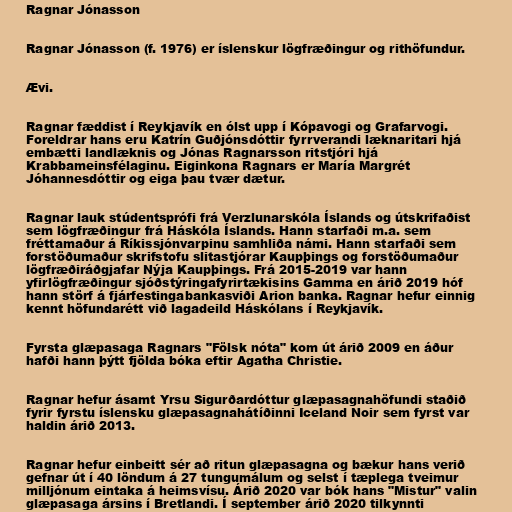
Ragnar Jónasson

Ragnar Jónasson (f. 1976) er íslenskur lögfræðingur og rithöfundur.

Ævi.

Ragnar fæddist í Reykjavík en ólst upp í Kópavogi og Grafarvogi.
Foreldrar hans eru Katrín Guðjónsdóttir fyrrverandi læknaritari hjá
embætti landlæknis og Jónas Ragnarsson ritstjóri hjá
Krabbameinsfélaginu. Eiginkona Ragnars er María Margrét
Jóhannesdóttir og eiga þau tvær dætur.

Ragnar lauk stúdentsprófi frá Verzlunarskóla Íslands og útskrifaðist
sem lögfræðingur frá Háskóla Íslands. Hann starfaði m.a. sem
fréttamaður á Ríkissjónvarpinu samhliða námi. Hann starfaði sem
forstöðumaður skrifstofu slitastjórar Kaupþings og forstöðumaður
lögfræðiráðgjafar Nýja Kaupþings. Frá 2015-2019 var hann
yfirlögfræðingur sjóðstýringafyrirtækisins Gamma en árið 2019 hóf
hann störf á fjárfestingabankasviði Arion banka. Ragnar hefur einnig
kennt höfundarétt við lagadeild Háskólans í Reykjavík.

Fyrsta glæpasaga Ragnars "Fölsk nóta" kom út árið 2009 en áður
hafði hann þýtt fjölda bóka eftir Agatha Christie.

Ragnar hefur ásamt Yrsu Sigurðardóttur glæpasagnahöfundi staðið
fyrir fyrstu íslensku glæpasagnahátíðinni Iceland Noir sem fyrst var
haldin árið 2013.

Ragnar hefur einbeitt sér að ritun glæpasagna og bækur hans verið
gefnar út í 40 löndum á 27 tungumálum og selst í tæplega tveimur
milljónum eintaka á heimsvísu. Árið 2020 var bók hans "Mistur" valin
glæpasaga ársins í Bretlandi. Í september árið 2020 tilkynnti